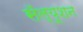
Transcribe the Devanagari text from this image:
सॅल्यूशन